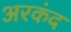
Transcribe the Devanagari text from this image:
अरकंद